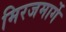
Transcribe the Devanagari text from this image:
मिरजमार्गे